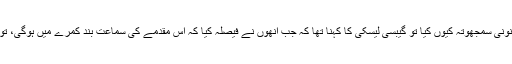
جب ان سے پوچھا گیا کہ انھوں نے یہ قانونی سمجھوتہ کیوں کیا تو گیبسی لیسکی کا کہنا تھا کہ جب انھوں نے فیصلہ کیا کہ اس مقدمے کی سماعت بند کمرے میں ہوگی، تو ہم جانتے تھے کہ یہ مصنفانہ نہیں ہوگا۔